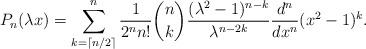
LaTeX: \begin{align*}P_{n}(\lambda x) = \sum_{k=\lceil n/2 \rceil}^{n} \dfrac{1}{2^{n}n!} {n \choose k} \dfrac{(\lambda^{2}-1)^{n-k}}{\lambda ^{n-2k}} \dfrac{d^{n}}{dx^{n}} (x^{2}-1)^{k}.\end{align*}